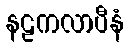
နဠကလာပီနံ